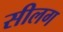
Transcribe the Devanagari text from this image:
सीलग